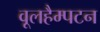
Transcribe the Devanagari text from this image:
वूलहैम्पटन